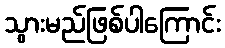
သွားမည်ဖြစ်ပါကြောင်း